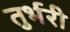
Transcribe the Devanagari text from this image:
तुर्भरी